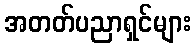
အတတ်ပညာရှင်များ